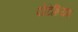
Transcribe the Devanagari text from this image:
पोटिशियम